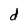
Character: d